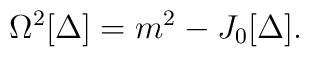
\Omega^2[\Delta]=m^2-J_{0}[\Delta].